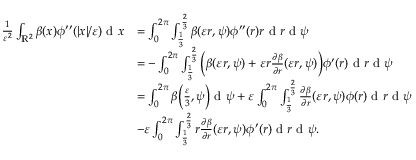
\begin{array} { r l } { \frac { 1 } { \varepsilon ^ { 2 } } \int _ { \mathbb { R } ^ { 2 } } \beta ( x ) \phi ^ { \prime \prime } ( | x | / \varepsilon ) \textrm { d } x } & { = \int _ { 0 } ^ { 2 \pi } \int _ { \frac { 1 } { 3 } } ^ { \frac { 2 } { 3 } } \beta ( \varepsilon r , \psi ) \phi ^ { \prime \prime } ( r ) r \textrm { d } r \textrm { d } \psi } \\ & { = - \int _ { 0 } ^ { 2 \pi } \int _ { \frac { 1 } { 3 } } ^ { \frac { 2 } { 3 } } \Big ( \beta ( \varepsilon r , \psi ) + \varepsilon r \frac { \partial \beta } { \partial r } ( \varepsilon r , \psi ) \Big ) \phi ^ { \prime } ( r ) \textrm { d } r \textrm { d } \psi } \\ & { = \int _ { 0 } ^ { 2 \pi } \beta \Big ( \frac { \varepsilon } { 3 } , \psi \Big ) \textrm { d } \psi + \varepsilon \int _ { 0 } ^ { 2 \pi } \int _ { \frac { 1 } { 3 } } ^ { \frac { 2 } { 3 } } \frac { \partial \beta } { \partial r } ( \varepsilon r , \psi ) \phi ( r ) \textrm { d } r \textrm { d } \psi } \\ & { - \varepsilon \int _ { 0 } ^ { 2 \pi } \int _ { \frac { 1 } { 3 } } ^ { \frac { 2 } { 3 } } r \frac { \partial \beta } { \partial r } ( \varepsilon r , \psi ) \phi ^ { \prime } ( r ) \textrm { d } r \textrm { d } \psi . } \end{array}